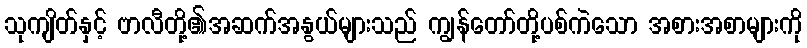
သုကျိတ်နှင့် ဗာလီတို့၏အဆက်အနွယ်များသည် ကျွန်တော်တို့ပစ်ကဲသော အစားအစာများကို